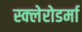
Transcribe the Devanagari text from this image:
स्क्‍लेरोडर्मा